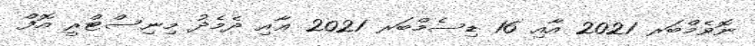
ނޮވެމްބަރ 2021 އާއި 16 ޑިސެމްބަރ 2021 ޢާއި ދެމެދު މިނިސްޓްރީ އޮފް